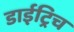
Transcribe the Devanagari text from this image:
डाईट्रिच